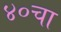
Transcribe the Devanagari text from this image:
४०चा